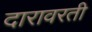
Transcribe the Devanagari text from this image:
दारावरती